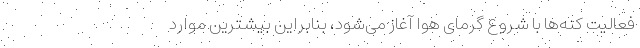
فعالیت کنه‌ها با شروع گرمای هوا آغاز می‌شود، بنابراین بیشترین موارد